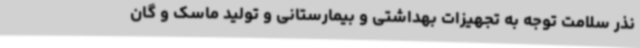
نذر سلامت توجه به تجهیزات بهداشتی و بیمارستانی و تولید ماسک و گان